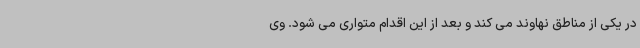
در یکی از مناطق نهاوند می کند و بعد از این اقدام متواری می شود. وی